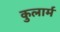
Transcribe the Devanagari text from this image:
कुलार्म